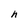
Character: h